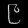
Digit: ၉